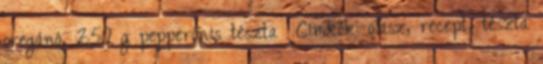
oregánó, 250 g pepperónis tészta Címkék: olasz, recept, tészta